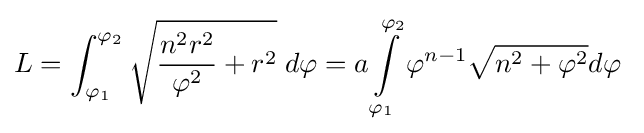
L=\int _{\varphi _{1}}^{\varphi _{2}}{\sqrt {{\frac {n^{2}r^{2}}{\varphi ^{2}}}+r^{2}}}\;d\varphi =a\int \limits _{\varphi _{1}}^{\varphi _{2}}\varphi ^{n-1}{\sqrt {n^{2}+\varphi ^{2}}}d\varphi \